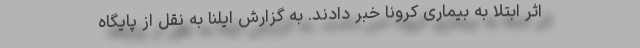
اثر ابتلا به بیماری کرونا خبر دادند. به گزارش ایلنا به نقل از پایگاه